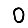
Digit: 0